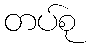
တပ်စု